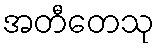
အတီတေသု